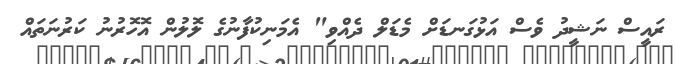
ރައީސް ނަޝީދު ވެސް އަޅުގަނޑަށް މެޑަލް ދެއްވި" އެމަނިކުފާނުގެ ލޮލުން އޮހޮރުނު ކަރުނަތައް